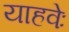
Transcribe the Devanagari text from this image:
याहवेः